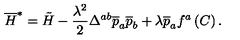
\overline { { H } } ^ { * } = \tilde { H } - \frac { \lambda ^ { 2 } } 2 \Delta ^ { a b } \overline { { p } } _ { a } \overline { { p } } _ { b } + \lambda \overline { { p } } _ { a } f ^ { a } \left( C \right) .